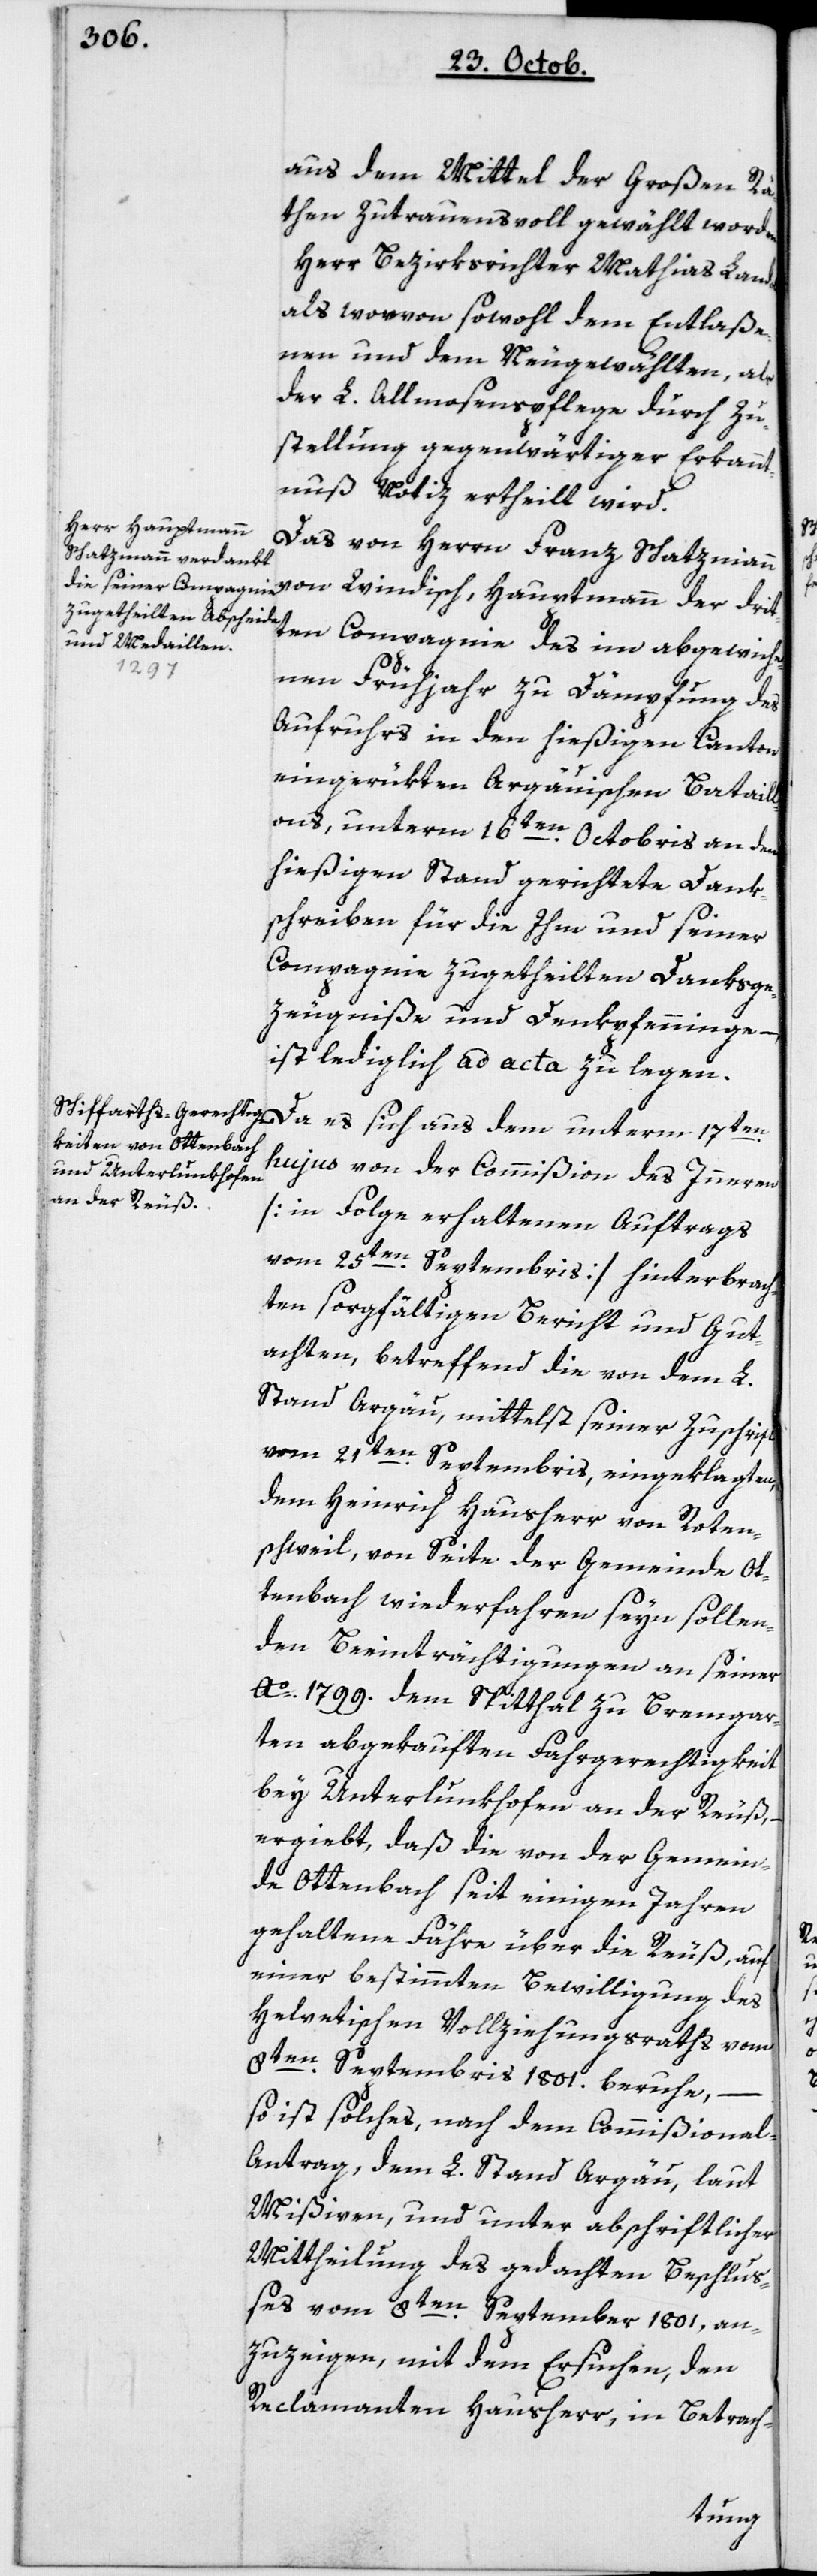
aus den Mittel der Großen Rä¬
then zutrauensvoll gewählt worden:
Herr Bezirksrichter Mathias Landolt;
als worvon sowohl dem Entlaße¬
nen und dem Neugewählten, als
der L. Almosenpflege durch Zu¬
stellung gegenwärtiger Erkannt¬
nuß Notiz ertheilt wird.
Das von Herrn Franz Schatzmann
von Windisch, Hauptmann der drit¬
ten Compagnie, des im abgewiche¬
nen Frühjahr zu Dämpfung des
Aufruhrs in den hießigen Canton
eingerükten argauischen Bataill¬
ons, unterm 16ten Octobris an den
hießigen Stand gerichtete Dank¬
schreiben für die ihm und seiner
Compagnie zugetheilten Danksge¬
zeugniße und Denkpfenninge,
ist lediglich ad acta zu legen.
Da es sich aus dem unterm 17ten
hujus von der Commißion des Innern
[in Folge erhaltenen Auftrags
vom 25ten Septembris] hinterbrach¬
ten sorgfältigen Bericht und Gut¬
achten, betreffend die von dem L.
Stand Argau, mittelst seiner Zuschrift
vom 21ten Septembris, eingeklagten,
dem Heinrich Hausherr von Rotten¬
schweil, von Seite der Gemeinde Ot¬
tenbach wiederfahren seyn sollen¬
den Beeinträchtigungen an seiner
Ao. 1799 dem Spitthal zu Bremgar¬
ten abgekauften Fahrgerechtigkeit
bey Unterlunkhofen an der Reuß, –
ergiebt, daß die von der Gemein¬
de Ottenbach seit einigen Jahren
gehaltene Fähre über die Reuß, auf
einer bestimmten Bewilligung des
helvetischen Vollziehungsraths vom
8ten Septembris 1801 beruhe,
so ist solches, nach dem Commißional-A¬
ntrag, dem L. Stand Argau, laut
Mißiven, und unter abschriftlicher
Mittheilung des gedachten Beschluß¬
es vom 8ten September 1801, an¬
zuzeigen, mit dem Ersuchen, den
Reclamanten Hausherr, in Betrach-